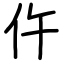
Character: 仵